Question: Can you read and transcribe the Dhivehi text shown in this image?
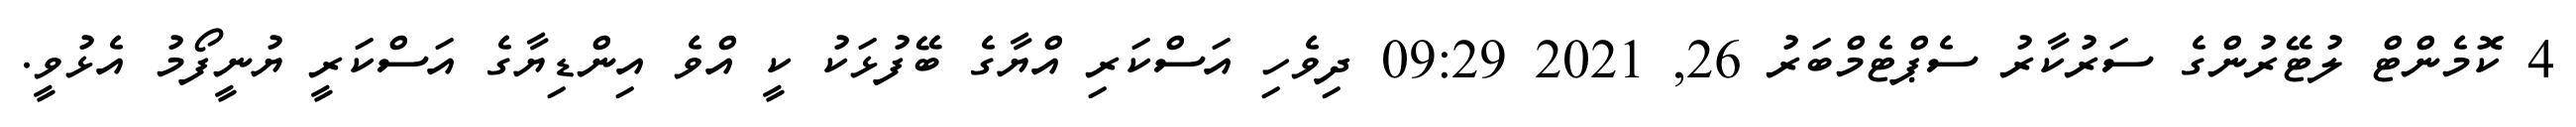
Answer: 4 ކޮމެންޓް ލުޓޭރުންގެ ސަރުކާރު ސެޕްޓެމްބަރު 26, 2021 09:29 ދިވެހި އަސްކަރި އްޔާގެ ބޭފުޅަކު ކީ އްވެ އިންޑިޔާގެ އަސްކަރީ ޔުނީފޯމު އެޅުވީ.